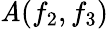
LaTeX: \mathit{A}(f_{2},f_{3})